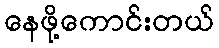
နေဖို့ကောင်းတယ်